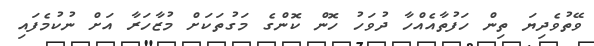
ވޭތުވެދިޔަ ތިން ހަފުތާއެއްހާ ދުވަހު ހޮން ކޮންގެ މަގުތަކަށް މުޒާހަރާ އަށް ނުކުމެފައި